Indian journal of veterinary science and animal husbandry - Volume 13,
Year: 1943
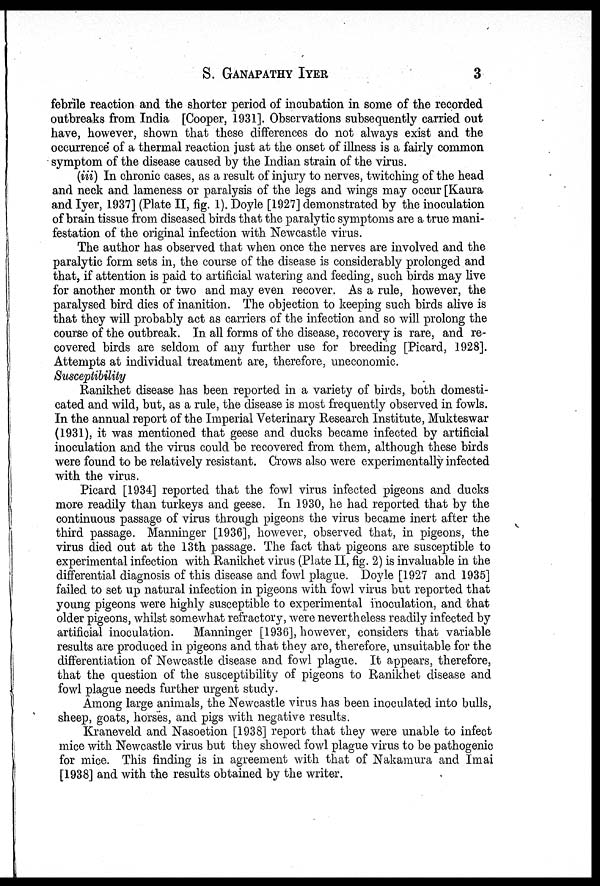
S.
GANAPATHY
IYER
3
febrile reaction and the shorter period of incubation in some of the recorded
outbreaks from India [Cooper, 1931]. Observations subsequently carried out
have, however, shown that these differences do not always exist and the
occurrence of a thermal reaction just at the onset of illness is a fairly common
symptom of the disease caused by the Indian strain of the virus.
(iii) In chronic cases, as a result of injury to nerves, twitching of the head
and neck and lameness or paralysis of the legs and wings may occur [Kaura
and Iyer, 1937] (Plate II, fig. 1). Doyle [1927] demonstrated by the inoculation
of brain tissue from diseased birds that the paralytic symptoms are a true mani-
festation of the original infection with Newcastle virus.
The author has observed that when once the nerves are involved and the
paralytic form sets in, the course of the disease is considerably prolonged and
that, if attention is paid to artificial watering and feeding, such birds may live
for another month or two and may even recover. As a rule, however, the
paralysed bird dies of inanition. The objection to keeping such birds alive is
that they will probably act as carriers of the infection and so will prolong the
course of the outbreak. In all forms of the disease, recovery is rare, and re-
covered birds are seldom of any further use for breeding [Picard, 1928].
Attempts at individual treatment are, therefore, uneconomic.
Susceptibility
Ranikhet disease has been reported in a variety of birds, both domesti-
cated and wild, but, as a rule, the disease is most frequently observed in fowls.
In the annual report of the Imperial Veterinary Research Institute, Mukteswar
(1931), it was mentioned that geese and ducks became infected by artificial
inoculation and the virus could be recovered from them, although these birds
were found to be relatively resistant. Crows also were experimentally infected
with the virus.
Picard [1934] reported that the fowl virus infected pigeons and ducks
more readily than turkeys and geese. In 1930, he had reported that by the
continuous passage of virus through pigeons the virus became inert after the
third passage. Manninger [1936], however, observed that, in pigeons, the
virus died out at the 13th passage. The fact that pigeons are susceptible to
experimental infection with Ranikhet virus (Plate II, fig. 2) is invaluable in the
differential diagnosis of this disease and fowl plague. Doyle [1927 and 1935]
failed to set up natural infection in pigeons with fowl virus but reported that
young pigeons were highly susceptible to experimental inoculation, and that
older pigeons, whilst somewhat refractory, were nevertheless readily infected by
artificial inoculation.
Manninger [1936], however, considers that variable
results are produced in pigeons and that they are, therefore, unsuitable for the
differentiation of Newcastle disease and fowl plague. It appears, therefore,
that the question of the susceptibility of pigeons to Ranikhet disease and
fowl plague needs further urgent study.
Among large animals, the Newcastle virus has been inoculated into bulls,
sheep, goats, horses, and pigs with negative results.
Kraneveld and Nasoetion [1938] report that they were unable to infect
mice with Newcastle virus but they showed fowl plague virus to be pathogenic
for mice. This finding is in agreement with that of Nakamura and Imai
[1938] and with the results obtained by the writer.